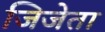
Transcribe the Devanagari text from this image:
जिजेता